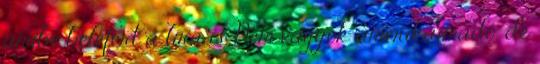
amibe belefért a líra is. Nem vagyok amerikaimádó, de